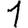
Digit: 1